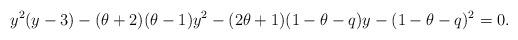
LaTeX: \begin{align*}y^2(y-3)-(\theta+2)(\theta-1)y^2-(2\theta+1)(1-\theta-q)y-(1-\theta-q)^2=0.\end{align*}